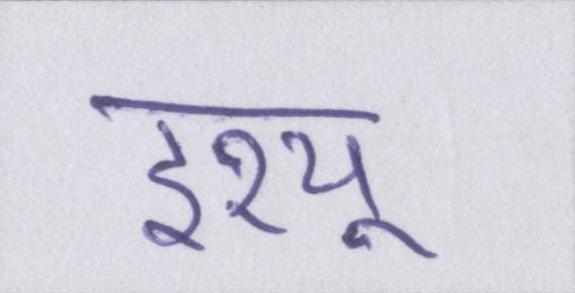
इश्यू